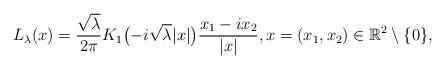
LaTeX: \begin{align*} L_{\lambda}(x) = \frac{\sqrt{ \lambda}}{2 \pi} K_1 \bigl( - i \sqrt{ \lambda} |x| \bigr) \frac{ x_1 - i x_2}{|x|}, x = (x_1,x_2) \in \mathbb{R}^2 \setminus \{0\},\end{align*}